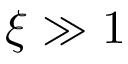
\xi \gg 1